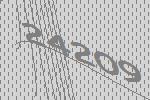
24209